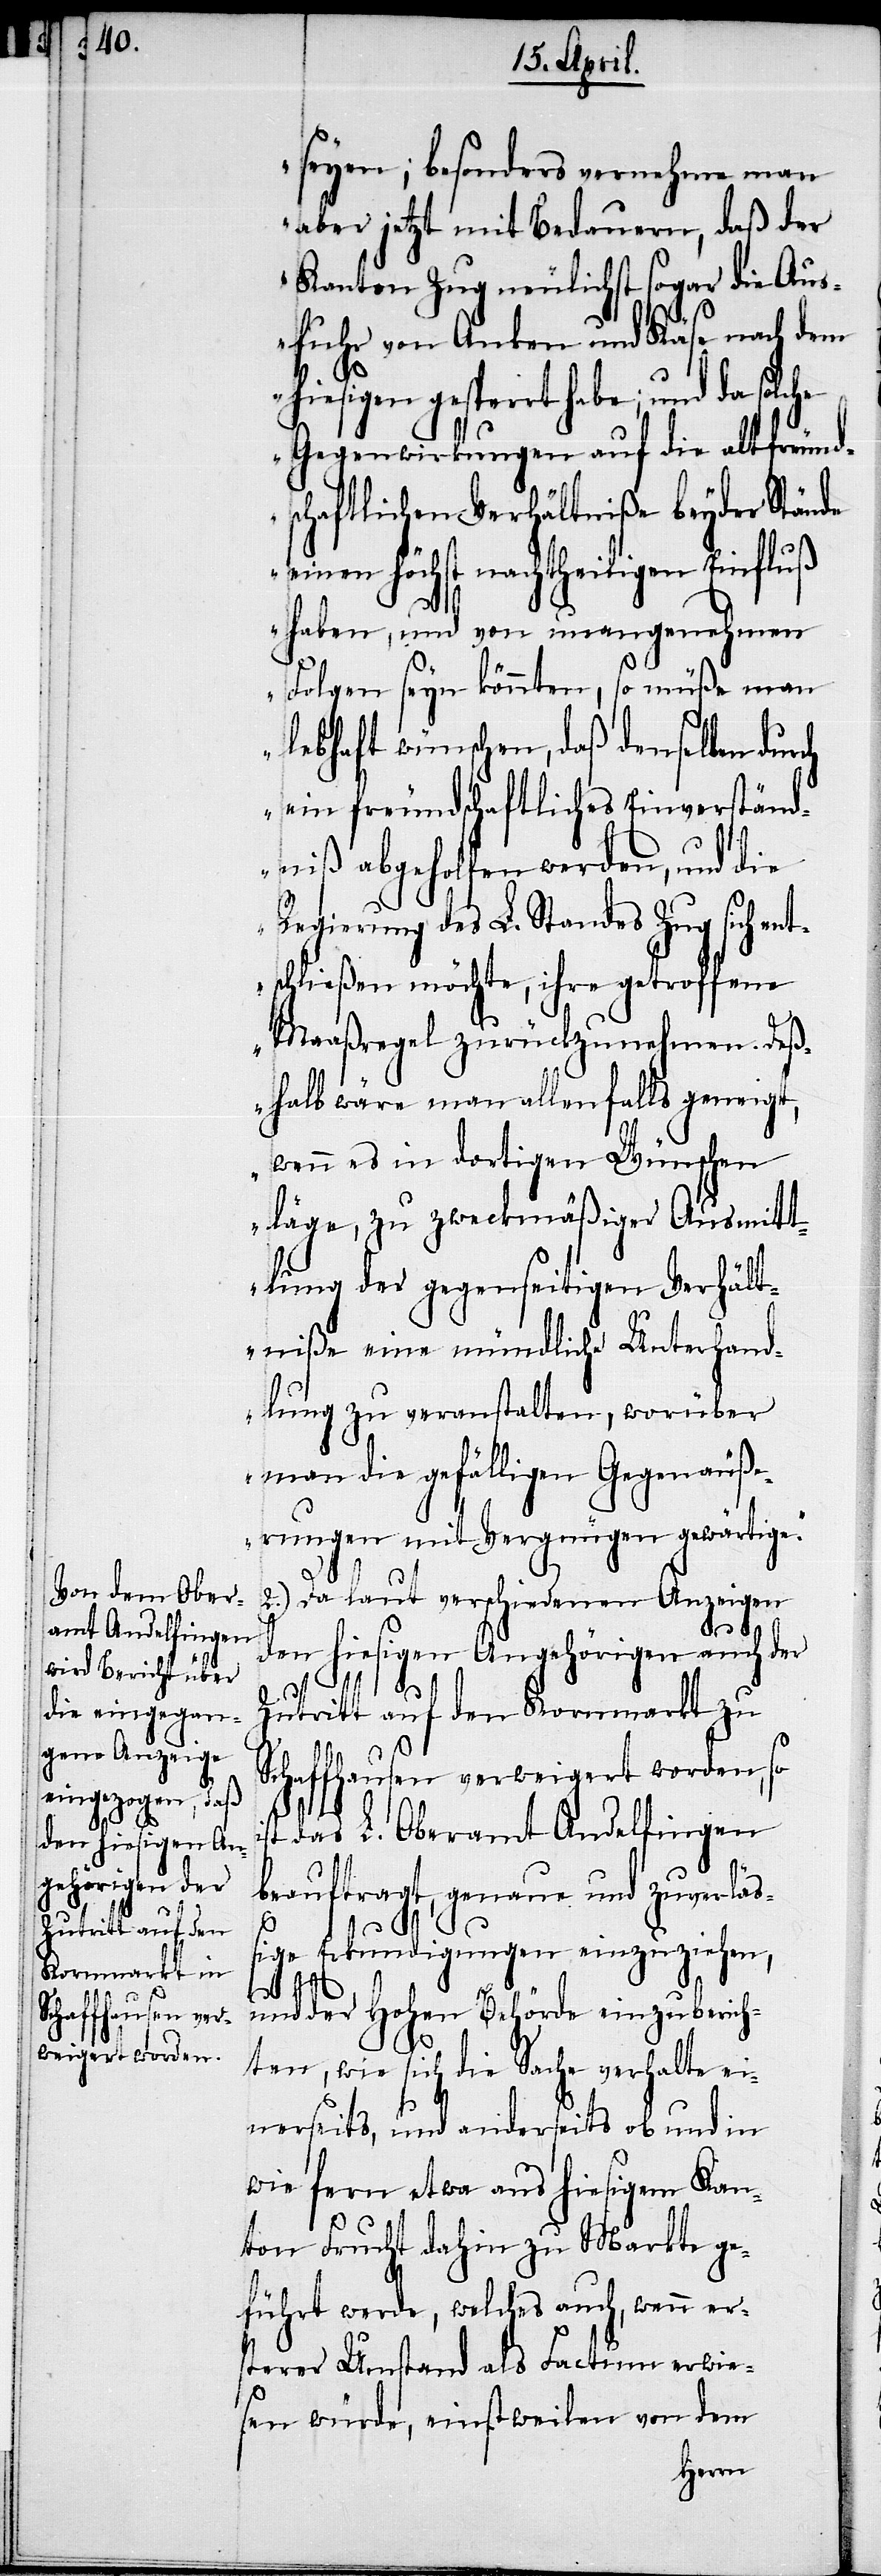
i¬

seyen; besonders vernehme man
aber jetzt mit Bedauern, daß der
Kanton Zug neulichst sogar die Aus¬
fuhr von Anken und Käse nach dem
hiesigen gesperrt habe; und da solche
Gegenwirkungen auf die altfreund¬
schaftlichen Verhältniße beyder Stände
einen höchst nachtheiligen Einfluß
haben, und von unangenehmen
Folgen seyn könnten, so müße man
lebhaft wünschen, daß denselben dur¬
ein freundschaftliches Einverständ¬
niß abgeholfen werden, und die
Regierung des L. Standes Zug sich ent¬
schließen möchte, ihre getroffene
Maaßregel zurückzunehmen. Deß¬
halb wäre man allenfalls geneigt,
wenn es in dortigen Wünschen
läge, zu zweckmäßiger Ausmitt¬
lung der gegenseitigen Verhält¬
niße eine mündliche Unterhand¬
lung zu veranstalten, worüber
man die gefälligen Gegenäuße¬
rungen mit Vergnügen gewärtige.“
2.) Da laut verschiedenen Anzeigen
den hiesigen Angehörigen auch der
Zutritt auf den Kornmarkt zu
Schaffhausen verweigert worden, so
st das L. Oberamt Andelfingen
beauftragt, genaue und zuverläß¬
ige Erkundigungen einzuziehen,
und der Hohen Behörde einzuberich¬
ten, wie sich die Sache verhalte ei¬
nerseits, und anderseits ob und in
wie fern etwa aus hiesigem Kan¬
ch
ton Frucht dahin zu Markte ge¬
führt werde, welches auch, wenn ers¬
terer Umstand als Factum erwie¬
sen würde, einstweilen von dem